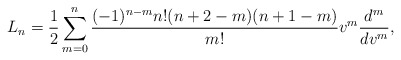
\begin{align*} L_n=\frac{1}{2}\sum_{m=0}^n\frac{(-1)^{n-m}n!(n+2-m)(n+1-m)}{m!}v^m\frac{d^m}{dv^m},\end{align*}